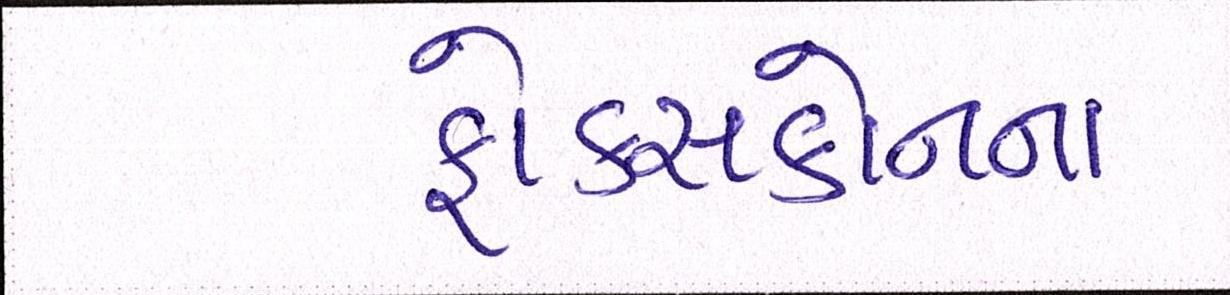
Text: ફોક્સકોનના